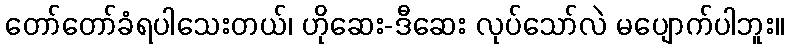
တော်တော်ခံရပါသေးတယ်၊ ဟိုဆေး-ဒီဆေး လုပ်သော်လဲ မပျောက်ပါဘူး။